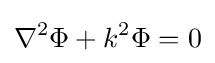
\nabla ^{2}\Phi +k^{2}\Phi =0